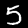
Label: 5